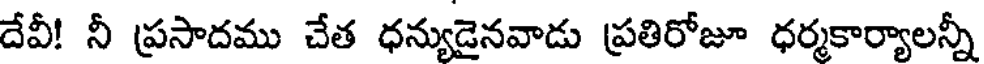
దేవీ! నీ ప్రసాదము చేత ధన్యుడైనవాడు ప్రతిరోజూ ధర్మకార్యాలన్నీ